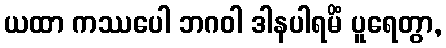
ယထာ ကဿပေါ ဘဂဝါ ဒါနပါရမိံ ပူရေတွာ,